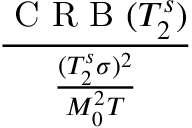
\frac { \mathrm { ~ C ~ R ~ B ~ } ( T _ { 2 } ^ { s } ) } { \frac { ( T _ { 2 } ^ { s } \sigma ) ^ { 2 } } { M _ { 0 } ^ { 2 } T } }